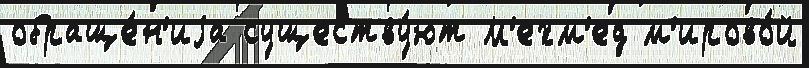
обраще́н'иjа существу́ют М'ехм'ед м'ирово́й